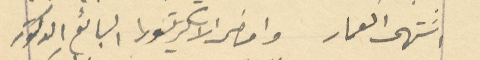
انتهى العمار وامضى الاسكروتور البائع الدكتور